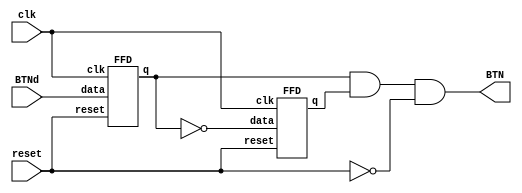
`timescale 1ns / 1ps
//////////////////////////////////////////////////////////////////////////////////
// Company:
// Engineer:
//
// Design Name:
// Module Name:    FlipFlops
// Project Name:
// Target Devices:
// Tool versions:
// Description:
//
// Dependencies:
//
// Revision:
// Revision 0.01 - File Created
// Additional Comments:
//
//////////////////////////////////////////////////////////////////////////////////
module FlipFlops(
		input clk,
		input reset,
		input BTNd,
		output BTN
		);

FFD DF1(BTNd,clk,reset,BTN1);
not(BTN1n,BTN1);
FFD DF2(BTN1n,clk,reset,BTN2);
and(BTN,BTN1,BTN2,~reset);


endmodule

module FFD (
    data, // Dato Entrada
    clk, 
    reset, // Reset input
    q // Salida FlipFlop
    );

input data, clk, reset ; //Entradas
output q; //Salida
reg q; //Variable interna

/////////////////////////////////////////////////////////////////////////////////////////////////////////////////////////////////////
//// FlipFlop
/////////////////////////////////////////////////////////////////////////////////////////////////////////////////////////////////////

always @ ( posedge clk)
        if (reset) begin
            q <= 1'b0;
        end  
        
        else begin
            q <= data;
        end

endmodule